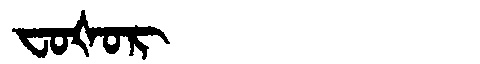
Manchu: ᠸᠣᡧᠣᡵ
Romanization: FOŠOR